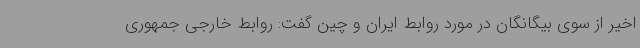
اخیر از سوی بیگانگان در مورد روابط ایران و چین گفت: روابط خارجی جمهوری